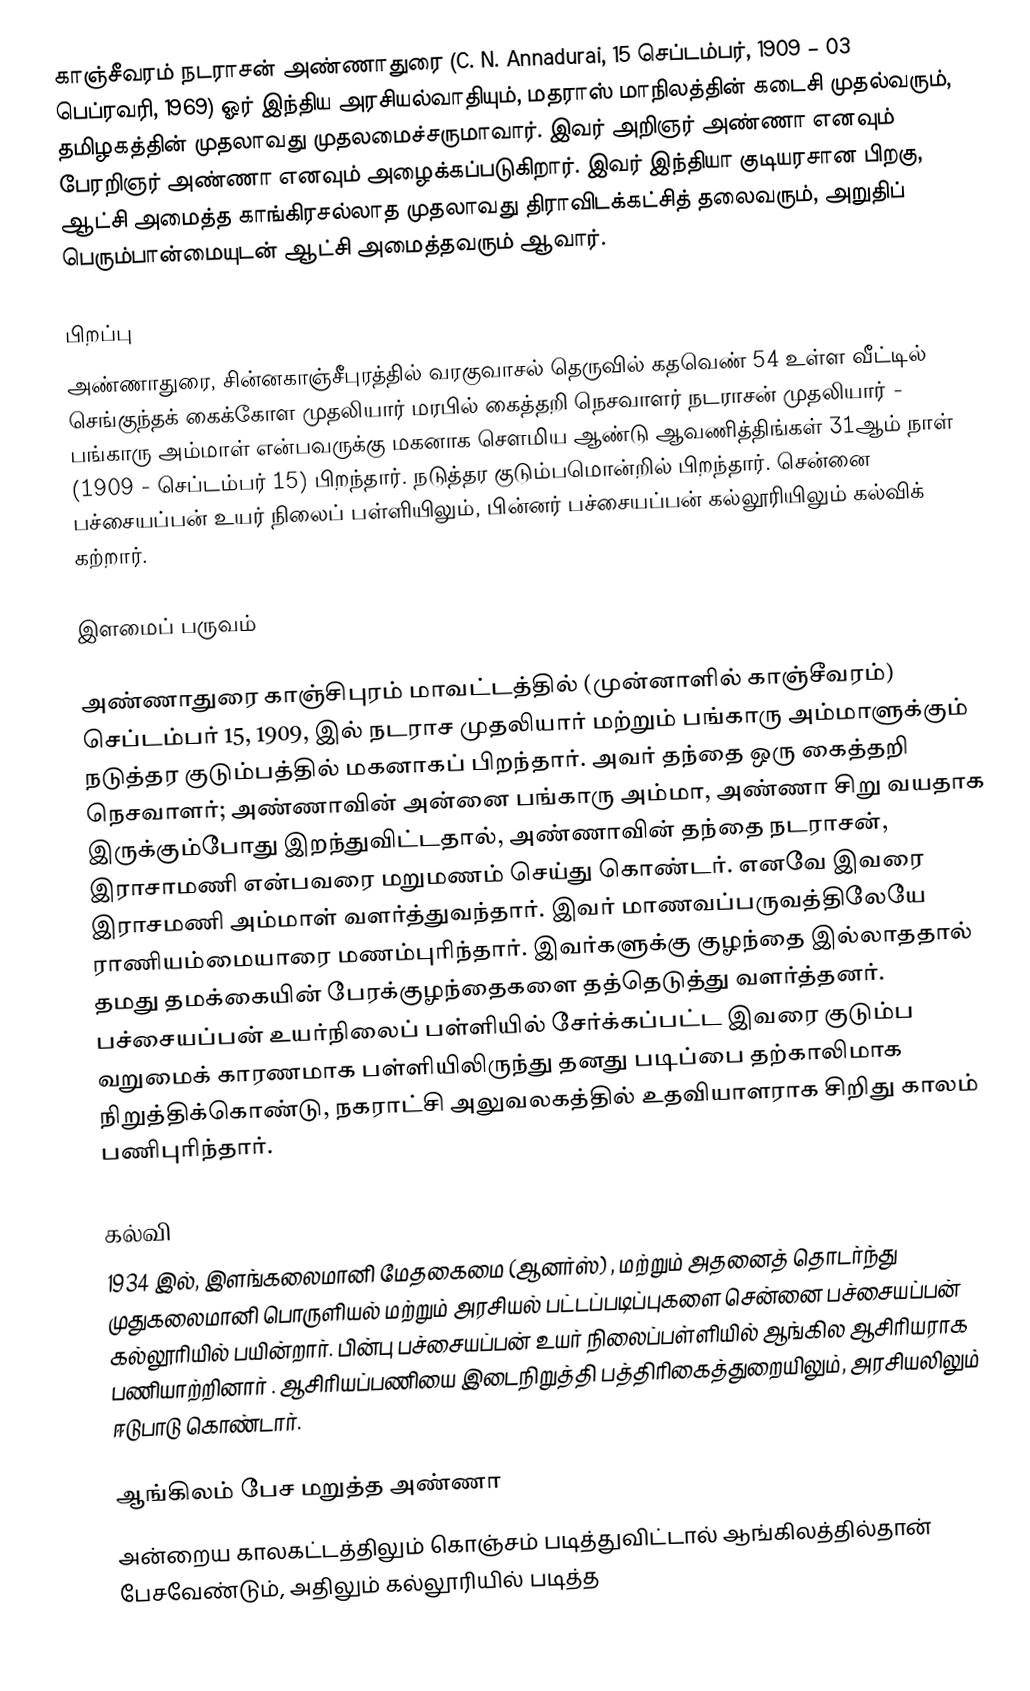
காஞ்சீவரம் நடராசன் அண்ணாதுரை (C. N. Annadurai, 15 செப்டம்பர், 1909 – 03 பெப்ரவரி, 1969) ஓர் இந்திய அரசியல்வாதியும், மதராஸ் மாநிலத்தின் கடைசி முதல்வரும், தமிழகத்தின் முதலாவது முதலமைச்சருமாவார். இவர் அறிஞர் அண்ணா எனவும் பேரறிஞர் அண்ணா எனவும் அழைக்கப்படுகிறார். இவர் இந்தியா குடியரசான பிறகு, ஆட்சி அமைத்த காங்கிரசல்லாத முதலாவது திராவிடக்கட்சித் தலைவரும், அறுதிப் பெரும்பான்மையுடன் ஆட்சி அமைத்தவரும் ஆவார்.

பிறப்பு
அண்ணாதுரை, சின்னகாஞ்சீபுரத்தில் வரகுவாசல் தெருவில் கதவெண் 54 உள்ள வீட்டில் செங்குந்தக் கைக்கோள முதலியார் மரபில் கைத்தறி நெசவாளர் நடராசன் முதலியார் - பங்காரு அம்மாள் என்பவருக்கு மகனாக செளமிய ஆண்டு ஆவணித்திங்கள் 31ஆம் நாள் (1909 - செப்டம்பர் 15) பிறந்தார்.   நடுத்தர குடும்பமொன்றில் பிறந்தார். சென்னை பச்சையப்பன் உயர் நிலைப் பள்ளியிலும், பின்னர் பச்சையப்பன் கல்லூரியிலும் கல்விக் கற்றார்.

இளமைப் பருவம்

அண்ணாதுரை காஞ்சிபுரம் மாவட்டத்தில் (முன்னாளில் காஞ்சீவரம்) செப்டம்பர் 15, 1909, இல் நடராச முதலியார்  மற்றும் பங்காரு அம்மாளுக்கும் நடுத்தர குடும்பத்தில் மகனாகப் பிறந்தார். அவர் தந்தை ஒரு கைத்தறி நெசவாளர்; அண்ணாவின் அன்னை பங்காரு அம்மா, அண்ணா சிறு வயதாக இருக்கும்போது இறந்துவிட்டதால், அண்ணாவின் தந்தை நடராசன், இராசாமணி என்பவரை மறுமணம் செய்து கொண்டர். எனவே இவரை இராசமணி அம்மாள் வளர்த்துவந்தார். இவர் மாணவப்பருவத்திலேயே ராணியம்மையாரை மணம்புரிந்தார். இவர்களுக்கு குழந்தை இல்லாததால் தமது தமக்கையின் பேரக்குழந்தைகளை தத்தெடுத்து வளர்த்தனர். பச்சையப்பன் உயர்நிலைப் பள்ளியில் சேர்க்கப்பட்ட இவரை குடும்ப வறுமைக் காரணமாக பள்ளியிலிருந்து தனது படிப்பை தற்காலிமாக நிறுத்திக்கொண்டு, நகராட்சி அலுவலகத்தில் உதவியாளராக சிறிது காலம் பணிபுரிந்தார்.

கல்வி
1934 இல், இளங்கலைமானி மேதகைமை (ஆனர்ஸ்) , மற்றும் அதனைத் தொடர்ந்து முதுகலைமானி பொருளியல் மற்றும் அரசியல் பட்டப்படிப்புகளை சென்னை பச்சையப்பன் கல்லூரியில் பயின்றார். பின்பு பச்சையப்பன் உயர் நிலைப்பள்ளியில் ஆங்கில ஆசிரியராக பணியாற்றினார் . ஆசிரியப்பணியை இடைநிறுத்தி பத்திரிகைத்துறையிலும், அரசியலிலும் ஈடுபாடு கொண்டார்.

ஆங்கிலம் பேச மறுத்த அண்ணா
அன்றைய காலகட்டத்திலும் கொஞ்சம் படித்துவிட்டால் ஆங்கிலத்தில்தான் பேசவேண்டும், அதிலும் கல்லூரியில் படித்த